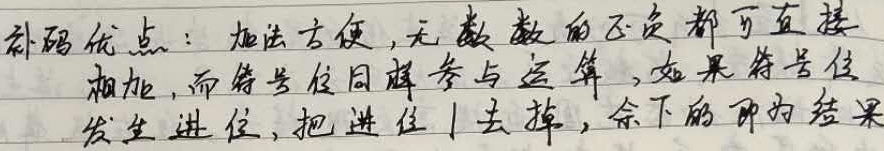
补码优点：加法方便，无论数的正负都可直接相加，而符号位同样参与运算，如果符号位发生进位，把进位1去掉，余下的即为结果。